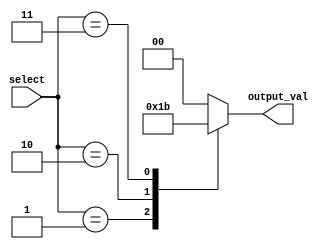
module Generate_Case (
    input [3:0] select,
    output reg [1:0] output_val
);

always @(*)
begin
    case (select)
        4'b0000: output_val = 2'b00;
        4'b0001: output_val = 2'b01;
        4'b0010: output_val = 2'b10;
        4'b0011: output_val = 2'b11;
        default: output_val = 2'b00;
    endcase
end

endmodule